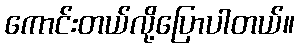
ကောင်းတယ်လို့ပြောပါတယ်။